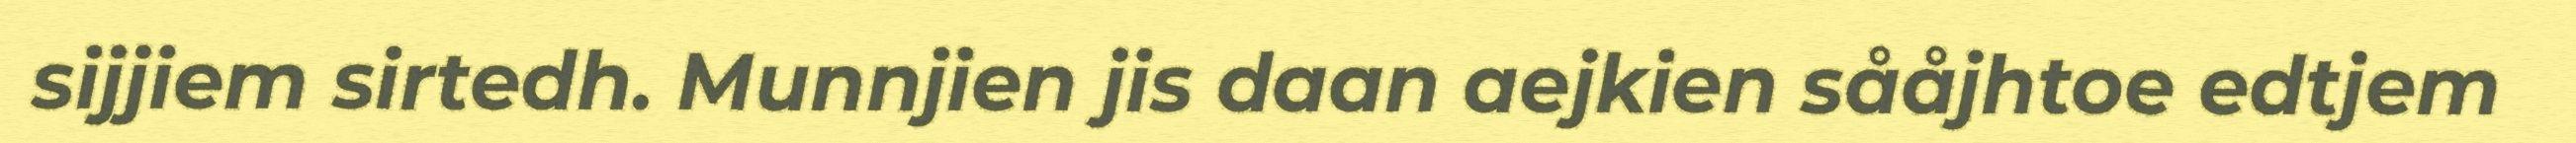
sijjiem sirtedh. Munnjien jis daan aejkien sååjhtoe edtjem